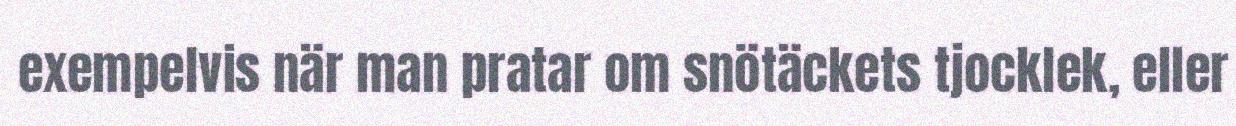
exempelvis när man pratar om snötäckets tjocklek, eller